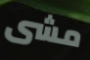
مشى